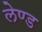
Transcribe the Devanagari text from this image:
लेण्ड